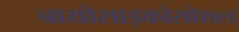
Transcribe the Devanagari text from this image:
बायोसाइकोसोशल